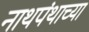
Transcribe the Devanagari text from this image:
नाथपंथाच्या